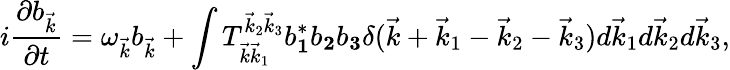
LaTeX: i\frac{\partial b_{\vec{k}}}{\partial t}=\omega_{\vec{k}}b_{\vec{k}}+\int T_{\vec{k}\vec{k}_{1}}^{\vec{k}_{2}\vec{k}_{3}}b_{\mathbf 1}^{*}b_{\mathbf 2}b_{\mathbf 3}\delta(\vec{k}+\vec{k}_{1}-\vec{k}_{2}-\vec{k}_{3})d\vec{k}_{1}d\vec{k}_{2}d\vec{k}_{3},